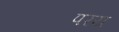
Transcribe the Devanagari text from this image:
परय